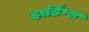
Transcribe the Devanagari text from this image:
हार्डिंग्स